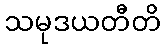
သမုဒယတီတိ